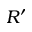
R ^ { \prime }